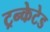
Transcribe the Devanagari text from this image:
ट्रन्केटेड